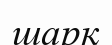
шарқ